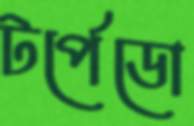
টর্পেডো